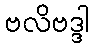
ဗလိဗဒ္ဒါ